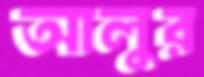
আলুর